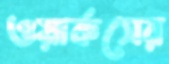
ওয়ার্কসের